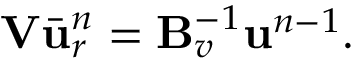
\mathbf { V } \bar { \ensuremath { \mathbf { u } } } _ { r } ^ { n } = \mathbf { B } _ { v } ^ { - 1 } \ensuremath { \mathbf { u } } ^ { n - 1 } .